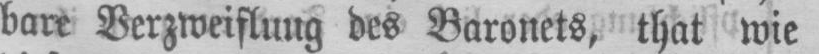
bare Verzweiflung des Baronets, that wie